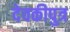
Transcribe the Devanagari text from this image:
देवकीपुत्र